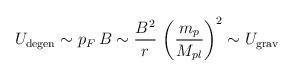
\begin{align*}U_{\mathrm{degen}} \sim p_F\, B \sim \frac{B^2}{r}\,\left(\frac{m_p}{M_{pl}}\right)^2 \sim U_{\mathrm{grav}}\end{align*}